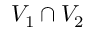
V _ { 1 } \cap V _ { 2 }